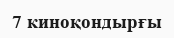
7 киноқондырғы